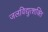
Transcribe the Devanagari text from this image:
जलविद्युत्शक्ति